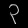
Digit: ၃